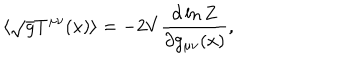
LaTeX: \langle \sqrt { g } T ^ { \mu \nu } ( x ) \rangle = - 2 V { \frac { \partial \ln Z } { \partial g _ { \mu \nu } ( x ) } } ,